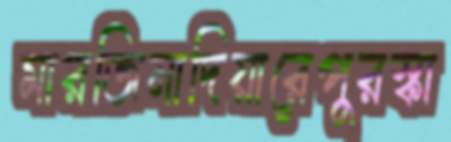
মারজিনাদিয়ারেপুরস্কা